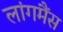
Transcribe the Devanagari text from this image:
लांगमैंस